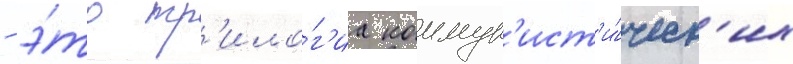
- э́то тр'ило́г'иа коммун'ист'и́ческ'их